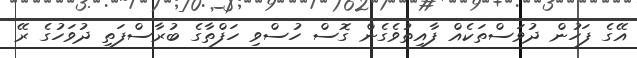
އޭގެ ފަހުން ދުވަސްތަކެއް ފާއިތުވެގެން ގޮސް ހުސްވި ހަފްތާގެ ބުރާސްފަތި ދުވަހުގެ ރޭ